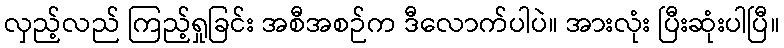
လှည့်လည် ကြည့်ရှုခြင်း အစီအစဉ်က ဒီလောက်ပါပဲ။ အားလုံး ပြီးဆုံးပါပြီ။